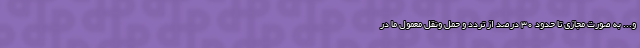
و... به صورت مجازی تا حدود ۳۰ درصد از تردد و حمل ونقل معمول ما در